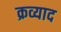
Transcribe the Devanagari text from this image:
क्रव्याद